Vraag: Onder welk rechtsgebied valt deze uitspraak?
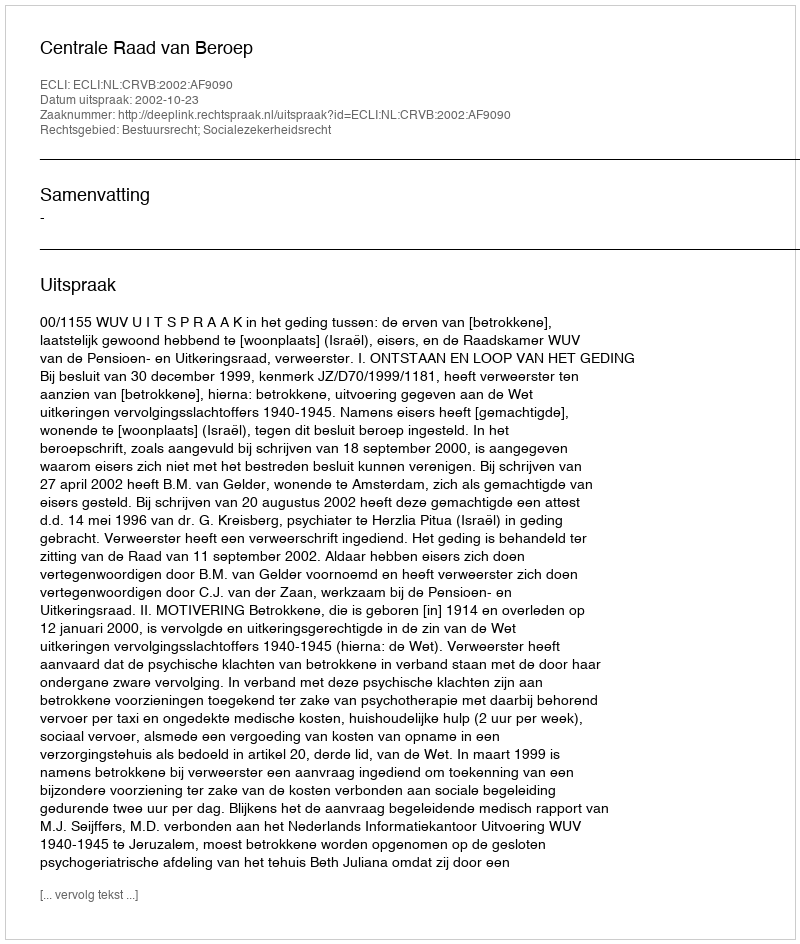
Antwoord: Bestuursrecht; Socialezekerheidsrecht